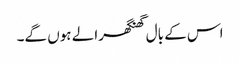
اس کے بال گھنگھرالے ہوں گے۔